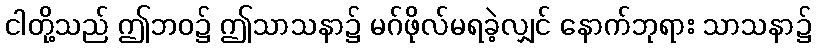
ငါတို့သည် ဤဘဝ၌ ဤသာသနာ၌ မဂ်ဖိုလ်မရခဲ့လျှင် နောက်ဘုရား သာသနာ၌